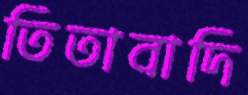
তিতাবাদি